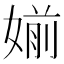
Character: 媊